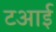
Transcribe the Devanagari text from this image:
टआई